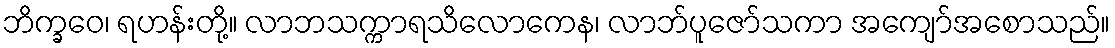
ဘိက္ခဝေ၊ ရဟန်းတို့။ လာဘသက္ကာရသိလောကေန၊ လာဘ်ပူဇော်သကာ အကျော်အစောသည်။